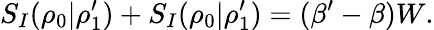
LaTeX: S_{I}(\rho_{0}|\rho_{1}^{\prime})+S_{I}(\rho_{0}|\rho_{1}^{\prime})=(\beta^{\prime}-\beta)W.